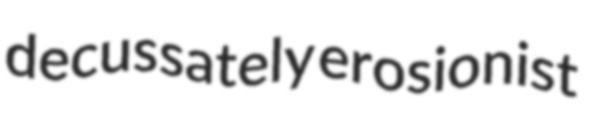
decussately erosionist